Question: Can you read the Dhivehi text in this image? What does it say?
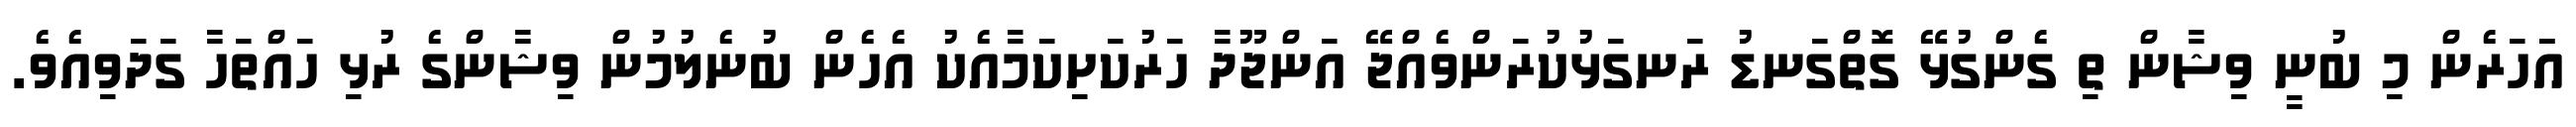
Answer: އަަހަރެން މި ބުނީ ވިޝާން ތި ގެންގުޅޭ ގޮތްގަނޑު ރަނގަޅުކުރަންވެއްޖޭ އަންޖޫދާ ހަރުކަށިކަމާއެކު އެހެން ބުނެލުމުން ވިޝާންގެ ރުޅި ހައްތަހާ ގަދަވިއެވެ.